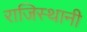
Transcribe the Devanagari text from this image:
राजिस्थानी